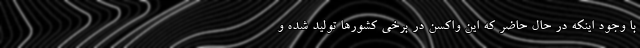
با وجود اینکه در حال حاضر که این واکسن‌ در برخی کشورها تولید شده و